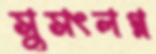
সুসংলগ্ন